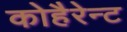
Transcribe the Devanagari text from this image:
कोहैरेन्ट